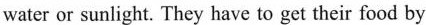
water or sunlight. They have to get their food by